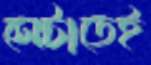
সেটাতেই